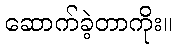
ဆောက်ခဲ့တာကိုး။